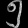
Digit: ၅